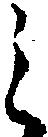
之